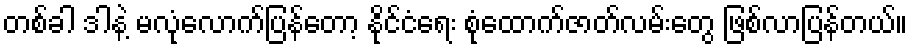
တစ်ခါ ဒါနဲ့ မလုံလောက်ပြန်တော့ နိုင်ငံရေး စုံထောက်ဇာတ်လမ်းတွေ ဖြစ်လာပြန်တယ်။